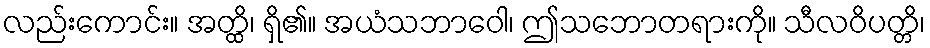
လည်းကောင်း။ အတ္ထိ၊ ရှိ၏။ အယံသဘာဝေါ၊ ဤသဘောတရားကို။ သီလဝိပတ္တိ၊